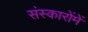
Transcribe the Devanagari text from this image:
संस्कारोंमें